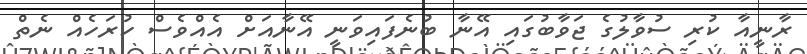
ރާނީއާ ކުރި ސުވާލުގެ ޖަވާބުގައި އޭނާ ބުނެފައިވަނީ އޭނާއަށް އެއްވެސް ހުރަހެއް ނެތް